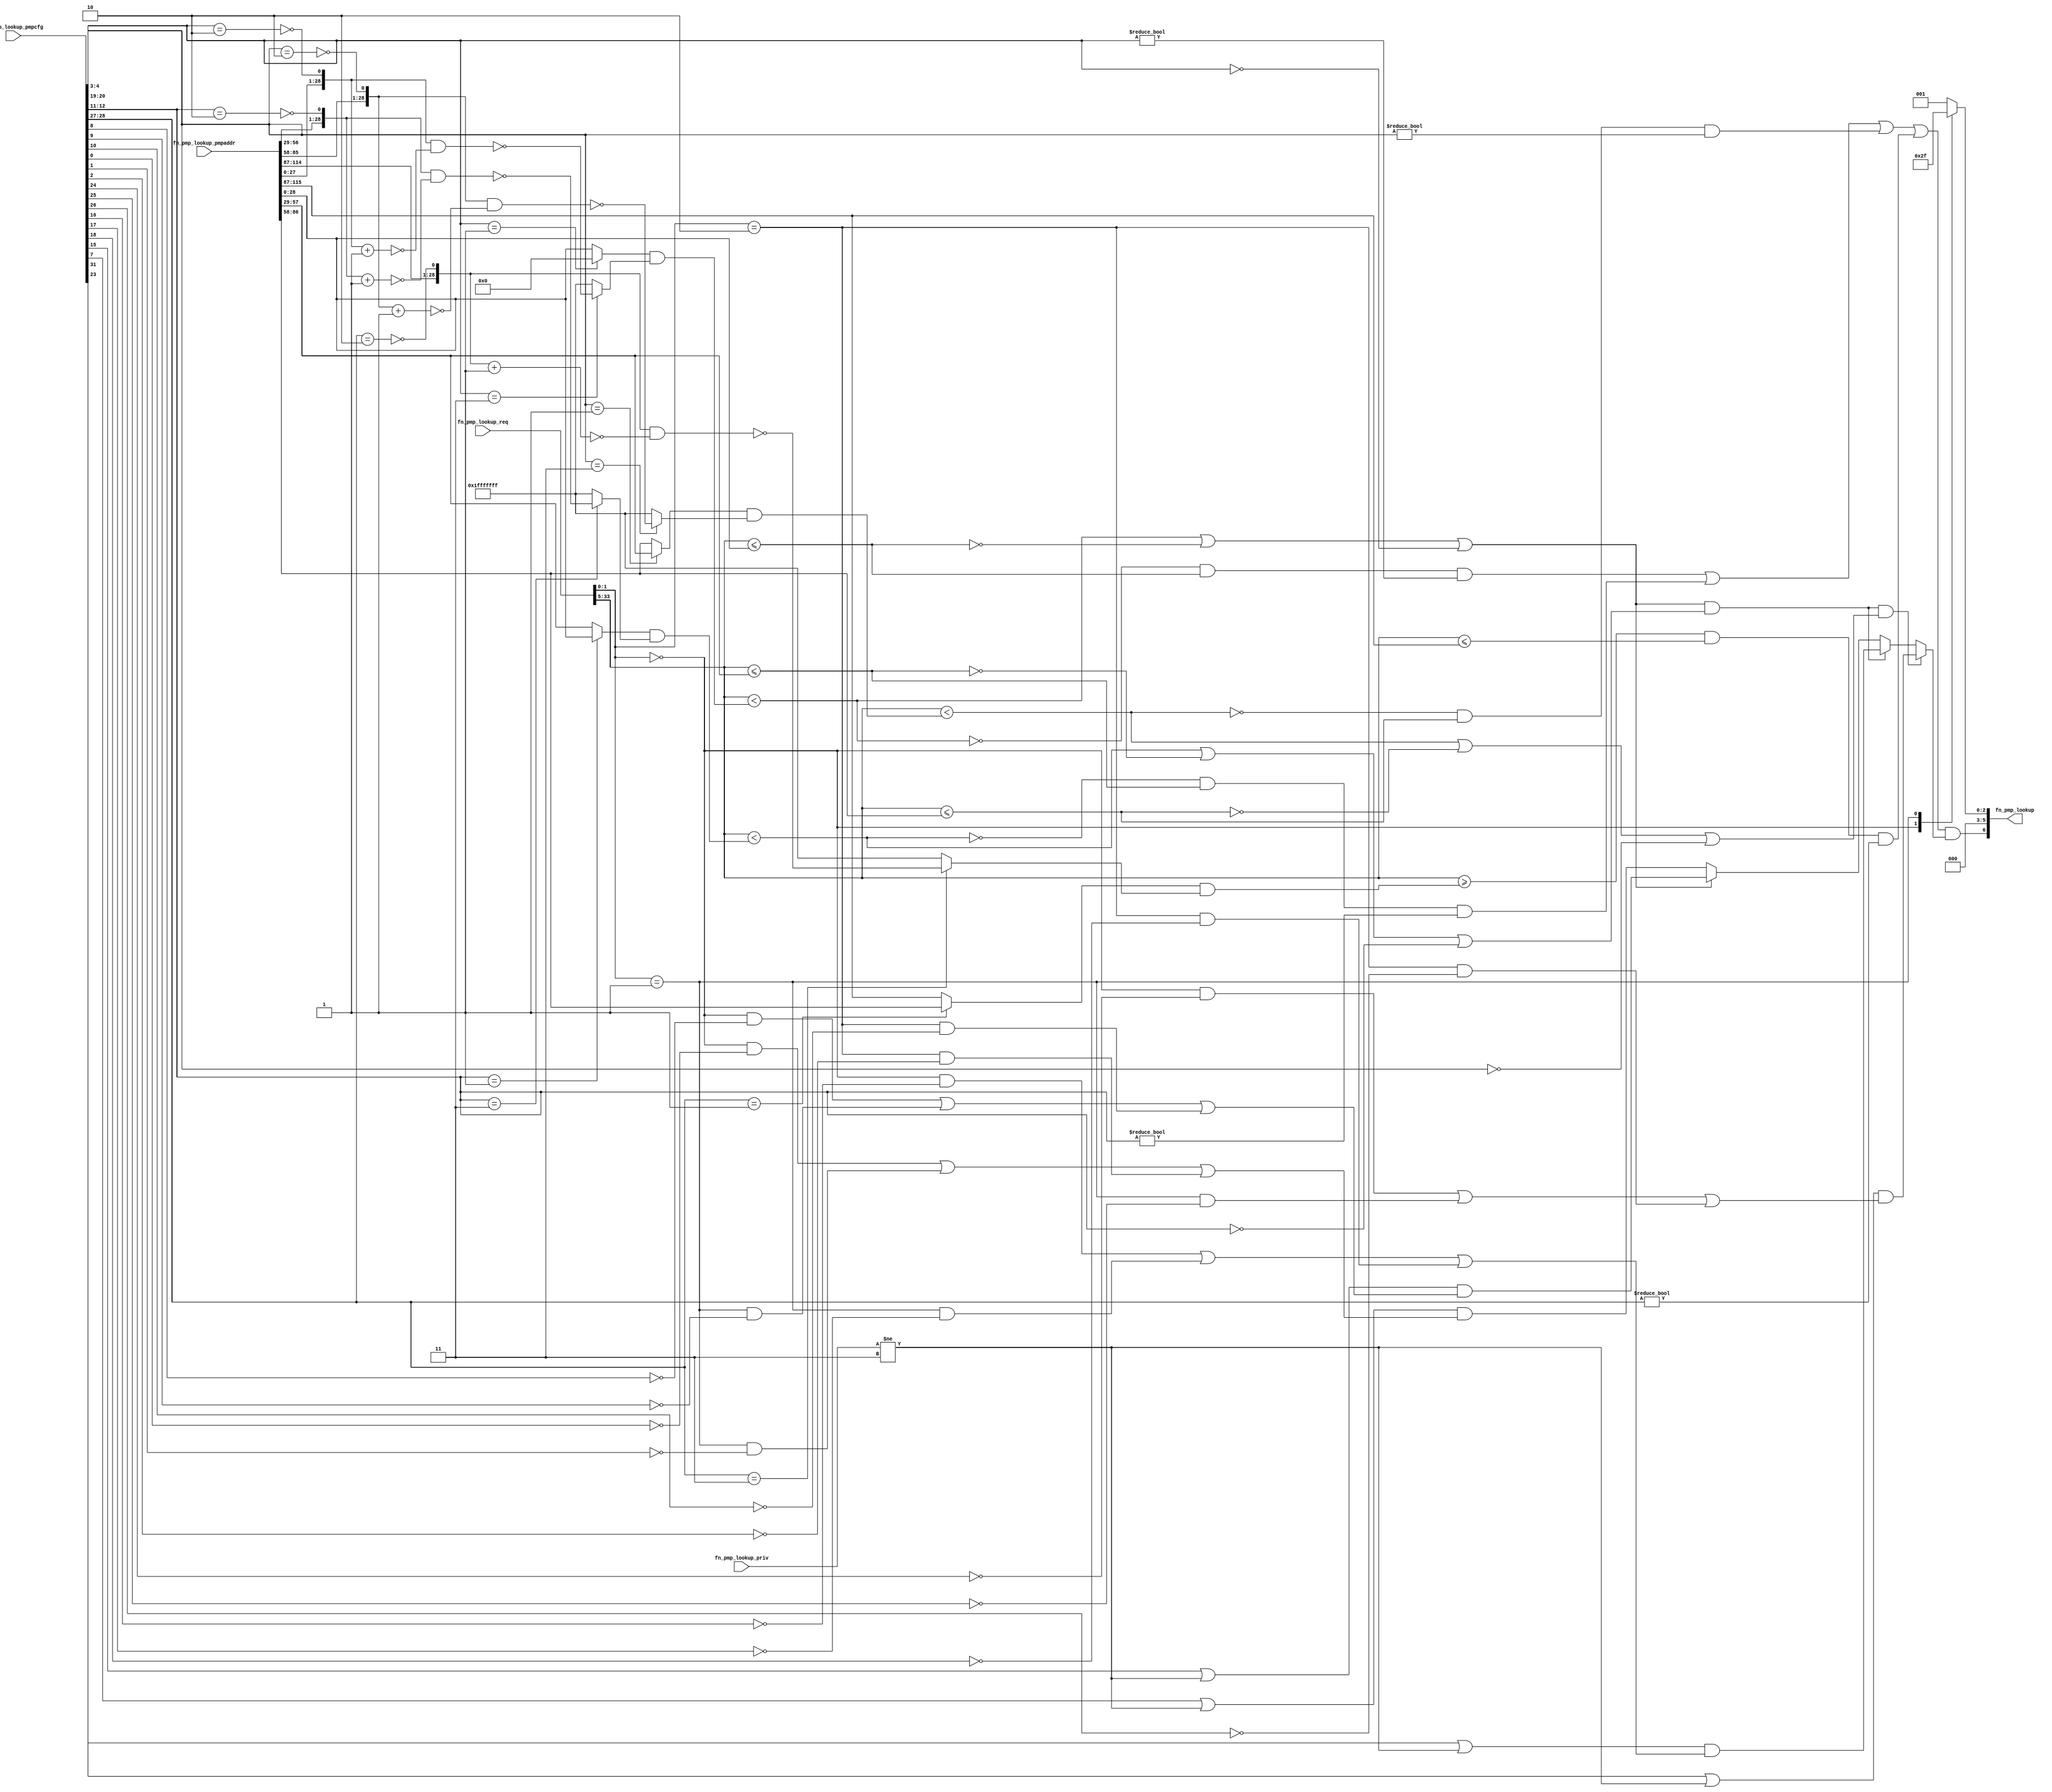
//
// Generated by Bluespec Compiler (build 8d454e4)
//
// On Fri Oct  9 13:14:48 IST 2020
//
//
// Ports:
// Name                         I/O  size props
// fn_pmp_lookup                  O     7
// fn_pmp_lookup_req              I    34
// fn_pmp_lookup_priv             I     2
// fn_pmp_lookup_pmpcfg           I    32
// fn_pmp_lookup_pmpaddr          I   116
//
// Combinational paths from inputs to outputs:
//   (fn_pmp_lookup_req,
//    fn_pmp_lookup_priv,
//    fn_pmp_lookup_pmpcfg,
//    fn_pmp_lookup_pmpaddr) -> fn_pmp_lookup
//
//

`ifdef BSV_ASSIGNMENT_DELAY
`else
  `define BSV_ASSIGNMENT_DELAY
`endif

`ifdef BSV_POSITIVE_RESET
  `define BSV_RESET_VALUE 1'b1
  `define BSV_RESET_EDGE posedge
`else
  `define BSV_RESET_VALUE 1'b0
  `define BSV_RESET_EDGE negedge
`endif

module module_fn_pmp_lookup(fn_pmp_lookup_req,
			    fn_pmp_lookup_priv,
			    fn_pmp_lookup_pmpcfg,
			    fn_pmp_lookup_pmpaddr,
			    fn_pmp_lookup);
  // value method fn_pmp_lookup
  input  [33 : 0] fn_pmp_lookup_req;
  input  [1 : 0] fn_pmp_lookup_priv;
  input  [31 : 0] fn_pmp_lookup_pmpcfg;
  input  [115 : 0] fn_pmp_lookup_pmpaddr;
  output [6 : 0] fn_pmp_lookup;

  // signals for module outputs
  wire [6 : 0] fn_pmp_lookup;

  // remaining internal signals
  reg [5 : 0] x__h2100;
  wire [28 : 0] mask__h1150,
		mask__h1151,
		mask__h1359,
		mask__h1360,
		mask__h442,
		mask__h443,
		mask__h941,
		mask__h942,
		start_address__h1149,
		start_address__h1358,
		start_address__h441,
		start_address__h940,
		x__h1089,
		x__h1115,
		x__h1298,
		x__h1324,
		x__h1507,
		x__h1533,
		x__h880,
		x__h907,
		y__h1090,
		y__h1299,
		y__h1508,
		y__h881;
  wire IF_fn_pmp_lookup_req_BITS_33_TO_5_ULT_IF_fn_pm_ETC___d166,
       IF_fn_pmp_lookup_req_BITS_33_TO_5_ULT_IF_fn_pm_ETC___d168,
       NOT_fn_pmp_lookup_req_BITS_33_TO_5_ULT_IF_fn_p_ETC___d169,
       NOT_fn_pmp_lookup_req_BITS_33_TO_5_ULT_IF_fn_p_ETC___d46,
       NOT_fn_pmp_lookup_req_BITS_33_TO_5_ULT_IF_fn_p_ETC___d88,
       fn_pmp_lookup_req_BITS_33_TO_5_ULE_fn_pmp_look_ETC___d19,
       fn_pmp_lookup_req_BITS_33_TO_5_ULE_fn_pmp_look_ETC___d41,
       fn_pmp_lookup_req_BITS_33_TO_5_ULE_fn_pmp_look_ETC___d64,
       fn_pmp_lookup_req_BITS_33_TO_5_ULT_IF_fn_pmp_l_ETC___d17,
       fn_pmp_lookup_req_BITS_33_TO_5_ULT_IF_fn_pmp_l_ETC___d39,
       fn_pmp_lookup_req_BITS_33_TO_5_ULT_IF_fn_pmp_l_ETC___d62,
       fn_pmp_lookup_req_BITS_33_TO_5_ULT_IF_fn_pmp_l_ETC___d99,
       x__h1109,
       x__h1318,
       x__h1527,
       x__h901;

  // value method fn_pmp_lookup
  assign fn_pmp_lookup =
	     { NOT_fn_pmp_lookup_req_BITS_33_TO_5_ULT_IF_fn_p_ETC___d169,
	       x__h2100 } ;

  // remaining internal signals
  assign IF_fn_pmp_lookup_req_BITS_33_TO_5_ULT_IF_fn_pm_ETC___d166 =
	     (fn_pmp_lookup_req_BITS_33_TO_5_ULT_IF_fn_pmp_l_ETC___d17 ||
	      !fn_pmp_lookup_req_BITS_33_TO_5_ULE_fn_pmp_look_ETC___d19 ||
	      fn_pmp_lookup_pmpcfg[4:3] == 2'd0) ?
	       (fn_pmp_lookup_pmpcfg[15] || fn_pmp_lookup_priv != 2'd3) &&
	       (fn_pmp_lookup_req[1:0] == 2'd0 && !fn_pmp_lookup_pmpcfg[8] ||
		fn_pmp_lookup_req[1:0] == 2'd1 && !fn_pmp_lookup_pmpcfg[9] ||
		fn_pmp_lookup_req[1:0] == 2'd2 && !fn_pmp_lookup_pmpcfg[10]) :
	       (fn_pmp_lookup_pmpcfg[7] || fn_pmp_lookup_priv != 2'd3) &&
	       (fn_pmp_lookup_req[1:0] == 2'd0 && !fn_pmp_lookup_pmpcfg[0] ||
		fn_pmp_lookup_req[1:0] == 2'd1 && !fn_pmp_lookup_pmpcfg[1] ||
		fn_pmp_lookup_req[1:0] == 2'd2 && !fn_pmp_lookup_pmpcfg[2]) ;
  assign IF_fn_pmp_lookup_req_BITS_33_TO_5_ULT_IF_fn_pm_ETC___d168 =
	     (fn_pmp_lookup_req_BITS_33_TO_5_ULT_IF_fn_pmp_l_ETC___d99 &&
	      (fn_pmp_lookup_req_BITS_33_TO_5_ULT_IF_fn_pmp_l_ETC___d62 ||
	       !fn_pmp_lookup_req_BITS_33_TO_5_ULE_fn_pmp_look_ETC___d64 ||
	       fn_pmp_lookup_pmpcfg[20:19] == 2'd0)) ?
	       (fn_pmp_lookup_pmpcfg[31] || fn_pmp_lookup_priv != 2'd3) &&
	       (fn_pmp_lookup_req[1:0] == 2'd0 && !fn_pmp_lookup_pmpcfg[24] ||
		fn_pmp_lookup_req[1:0] == 2'd1 && !fn_pmp_lookup_pmpcfg[25] ||
		fn_pmp_lookup_req[1:0] == 2'd2 && !fn_pmp_lookup_pmpcfg[26]) :
	       (fn_pmp_lookup_req_BITS_33_TO_5_ULT_IF_fn_pmp_l_ETC___d99 ?
		  (fn_pmp_lookup_pmpcfg[23] || fn_pmp_lookup_priv != 2'd3) &&
		  (fn_pmp_lookup_req[1:0] == 2'd0 &&
		   !fn_pmp_lookup_pmpcfg[16] ||
		   fn_pmp_lookup_req[1:0] == 2'd1 &&
		   !fn_pmp_lookup_pmpcfg[17] ||
		   fn_pmp_lookup_req[1:0] == 2'd2 &&
		   !fn_pmp_lookup_pmpcfg[18]) :
		  IF_fn_pmp_lookup_req_BITS_33_TO_5_ULT_IF_fn_pm_ETC___d166) ;
  assign NOT_fn_pmp_lookup_req_BITS_33_TO_5_ULT_IF_fn_p_ETC___d169 =
	     (NOT_fn_pmp_lookup_req_BITS_33_TO_5_ULT_IF_fn_p_ETC___d46 ||
	      !fn_pmp_lookup_req_BITS_33_TO_5_ULT_IF_fn_pmp_l_ETC___d62 &&
	      fn_pmp_lookup_req_BITS_33_TO_5_ULE_fn_pmp_look_ETC___d64 &&
	      fn_pmp_lookup_pmpcfg[20:19] != 2'd0 ||
	      NOT_fn_pmp_lookup_req_BITS_33_TO_5_ULT_IF_fn_p_ETC___d88 &&
	      fn_pmp_lookup_pmpcfg[28:27] != 2'd0) &&
	     IF_fn_pmp_lookup_req_BITS_33_TO_5_ULT_IF_fn_pm_ETC___d168 ;
  assign NOT_fn_pmp_lookup_req_BITS_33_TO_5_ULT_IF_fn_p_ETC___d46 =
	     !fn_pmp_lookup_req_BITS_33_TO_5_ULT_IF_fn_pmp_l_ETC___d17 &&
	     fn_pmp_lookup_req_BITS_33_TO_5_ULE_fn_pmp_look_ETC___d19 &&
	     fn_pmp_lookup_pmpcfg[4:3] != 2'd0 ||
	     !fn_pmp_lookup_req_BITS_33_TO_5_ULT_IF_fn_pmp_l_ETC___d39 &&
	     fn_pmp_lookup_req_BITS_33_TO_5_ULE_fn_pmp_look_ETC___d41 &&
	     fn_pmp_lookup_pmpcfg[12:11] != 2'd0 ;
  assign NOT_fn_pmp_lookup_req_BITS_33_TO_5_ULT_IF_fn_p_ETC___d88 =
	     fn_pmp_lookup_req[33:5] >=
	     (start_address__h1358 & mask__h1360) &&
	     fn_pmp_lookup_req[33:5] <= fn_pmp_lookup_pmpaddr[115:87] ;
  assign fn_pmp_lookup_req_BITS_33_TO_5_ULE_fn_pmp_look_ETC___d19 =
	     fn_pmp_lookup_req[33:5] <= fn_pmp_lookup_pmpaddr[28:0] ;
  assign fn_pmp_lookup_req_BITS_33_TO_5_ULE_fn_pmp_look_ETC___d41 =
	     fn_pmp_lookup_req[33:5] <= fn_pmp_lookup_pmpaddr[57:29] ;
  assign fn_pmp_lookup_req_BITS_33_TO_5_ULE_fn_pmp_look_ETC___d64 =
	     fn_pmp_lookup_req[33:5] <= fn_pmp_lookup_pmpaddr[86:58] ;
  assign fn_pmp_lookup_req_BITS_33_TO_5_ULT_IF_fn_pmp_l_ETC___d17 =
	     fn_pmp_lookup_req[33:5] < (start_address__h441 & mask__h443) ;
  assign fn_pmp_lookup_req_BITS_33_TO_5_ULT_IF_fn_pmp_l_ETC___d39 =
	     fn_pmp_lookup_req[33:5] < (start_address__h940 & mask__h942) ;
  assign fn_pmp_lookup_req_BITS_33_TO_5_ULT_IF_fn_pmp_l_ETC___d62 =
	     fn_pmp_lookup_req[33:5] < (start_address__h1149 & mask__h1151) ;
  assign fn_pmp_lookup_req_BITS_33_TO_5_ULT_IF_fn_pmp_l_ETC___d99 =
	     (fn_pmp_lookup_req_BITS_33_TO_5_ULT_IF_fn_pmp_l_ETC___d17 ||
	      !fn_pmp_lookup_req_BITS_33_TO_5_ULE_fn_pmp_look_ETC___d19 ||
	      fn_pmp_lookup_pmpcfg[4:3] == 2'd0) &&
	     (fn_pmp_lookup_req_BITS_33_TO_5_ULT_IF_fn_pmp_l_ETC___d39 ||
	      !fn_pmp_lookup_req_BITS_33_TO_5_ULE_fn_pmp_look_ETC___d41 ||
	      fn_pmp_lookup_pmpcfg[12:11] == 2'd0) ;
  assign mask__h1150 = { fn_pmp_lookup_pmpaddr[85:58], x__h1318 } ;
  assign mask__h1151 =
	     (fn_pmp_lookup_pmpcfg[20:19] == 2'd3) ?
	       ~x__h1298 :
	       29'd536870911 ;
  assign mask__h1359 = { fn_pmp_lookup_pmpaddr[114:87], x__h1527 } ;
  assign mask__h1360 =
	     (fn_pmp_lookup_pmpcfg[28:27] == 2'd3) ?
	       ~x__h1507 :
	       29'd536870911 ;
  assign mask__h442 = { fn_pmp_lookup_pmpaddr[27:0], x__h901 } ;
  assign mask__h443 =
	     (fn_pmp_lookup_pmpcfg[4:3] == 2'd3) ? ~x__h880 : 29'd536870911 ;
  assign mask__h941 = { fn_pmp_lookup_pmpaddr[56:29], x__h1109 } ;
  assign mask__h942 =
	     (fn_pmp_lookup_pmpcfg[12:11] == 2'd3) ?
	       ~x__h1089 :
	       29'd536870911 ;
  assign start_address__h1149 =
	     (fn_pmp_lookup_pmpcfg[20:19] == 2'd1) ?
	       fn_pmp_lookup_pmpaddr[57:29] :
	       fn_pmp_lookup_pmpaddr[86:58] ;
  assign start_address__h1358 =
	     (fn_pmp_lookup_pmpcfg[28:27] == 2'd1) ?
	       fn_pmp_lookup_pmpaddr[86:58] :
	       fn_pmp_lookup_pmpaddr[115:87] ;
  assign start_address__h441 =
	     (fn_pmp_lookup_pmpcfg[4:3] == 2'd1) ?
	       29'd0 :
	       fn_pmp_lookup_pmpaddr[28:0] ;
  assign start_address__h940 =
	     (fn_pmp_lookup_pmpcfg[12:11] == 2'd1) ?
	       fn_pmp_lookup_pmpaddr[28:0] :
	       fn_pmp_lookup_pmpaddr[57:29] ;
  assign x__h1089 = mask__h941 & y__h1090 ;
  assign x__h1109 = ~(fn_pmp_lookup_pmpcfg[12:11] == 2'd2) ;
  assign x__h1115 = mask__h941 + 29'd1 ;
  assign x__h1298 = mask__h1150 & y__h1299 ;
  assign x__h1318 = ~(fn_pmp_lookup_pmpcfg[20:19] == 2'd2) ;
  assign x__h1324 = mask__h1150 + 29'd1 ;
  assign x__h1507 = mask__h1359 & y__h1508 ;
  assign x__h1527 = ~(fn_pmp_lookup_pmpcfg[28:27] == 2'd2) ;
  assign x__h1533 = mask__h1359 + 29'd1 ;
  assign x__h880 = mask__h442 & y__h881 ;
  assign x__h901 = ~(fn_pmp_lookup_pmpcfg[4:3] == 2'd2) ;
  assign x__h907 = mask__h442 + 29'd1 ;
  assign y__h1090 = ~x__h1115 ;
  assign y__h1299 = ~x__h1324 ;
  assign y__h1508 = ~x__h1533 ;
  assign y__h881 = ~x__h907 ;
  always@(fn_pmp_lookup_req)
  begin
    case (fn_pmp_lookup_req[1:0])
      2'd0: x__h2100 = 6'd5;
      2'd1: x__h2100 = 6'd7;
      default: x__h2100 = 6'd1;
    endcase
  end
endmodule  // module_fn_pmp_lookup